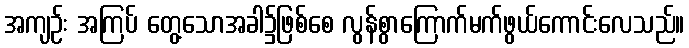
အကျဉ်း အကြပ် တွေ့သောအခါ၌ဖြစ်စေ လွန်စွာကြောက်မက်ဖွယ်ကောင်းလေသည်။